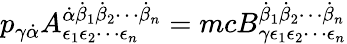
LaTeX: p_{\gamma{\dot{\alpha}}}A_{\epsilon_{1}\epsilon_{2}\cdots\epsilon_{n}}^{{\dot{\alpha}}{\dot{\beta}}_{1}{\dot{\beta}}_{2}\cdots{\dot{\beta}}_{n}}=mcB_{\gamma\epsilon_{1}\epsilon_{2}\cdots\epsilon_{n}}^{{\dot{\beta}}_{1}{\dot{\beta}}_{2}\cdots{\dot{\beta}}_{n}}